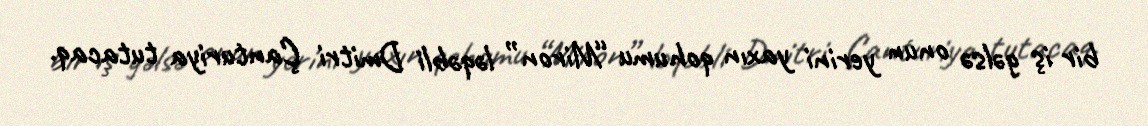
bir iş gəlsə onun yerini yaxın qohumu “Miron” ləqəbli Dmitri Çanturiya tutacaq.